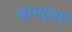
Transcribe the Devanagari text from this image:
चापक्षण